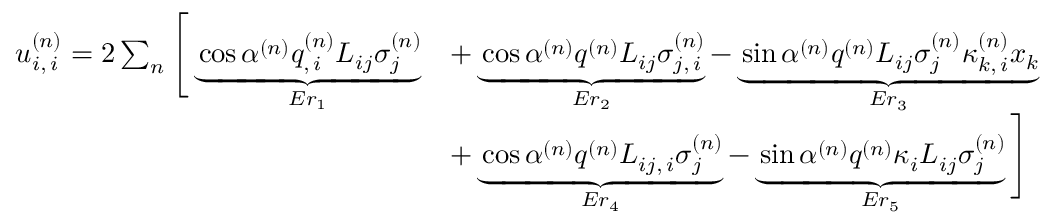
\begin{array} { r l } { u _ { i , \, i } ^ { ( n ) } = 2 \sum _ { n } \Bigg [ \underbrace { \cos \alpha ^ { ( n ) } q _ { , \, i } ^ { ( n ) } L _ { i j } \sigma _ { j } ^ { ( n ) } } _ { E r _ { 1 } } } & { + \underbrace { \cos \alpha ^ { ( n ) } q ^ { ( n ) } L _ { i j } \sigma _ { j , \, i } ^ { ( n ) } } _ { E r _ { 2 } } - \underbrace { \sin \alpha ^ { ( n ) } q ^ { ( n ) } L _ { i j } \sigma _ { j } ^ { ( n ) } \kappa _ { k , \, i } ^ { ( n ) } x _ { k } } _ { E r _ { 3 } } } \\ & { + \underbrace { \cos \alpha ^ { ( n ) } q ^ { ( n ) } L _ { i j , \, i } \sigma _ { j } ^ { ( n ) } } _ { E r _ { 4 } } - \underbrace { \sin \alpha ^ { ( n ) } q ^ { ( n ) } \kappa _ { i } L _ { i j } \sigma _ { j } ^ { ( n ) } } _ { E r _ { 5 } } \Bigg ] } \end{array}